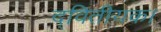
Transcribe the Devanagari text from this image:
द्वितीयक।